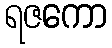
ရဇကော